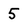
Character: 5